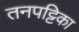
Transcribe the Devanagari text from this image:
तनपट्टिका